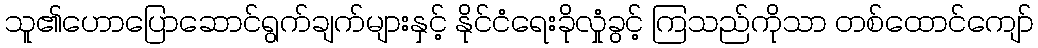
သူ၏ဟောပြောဆောင်ရွက်ချက်များနှင့် နိုင်ငံရေးခိုလှုံခွင့် ကြသည်ကိုသာ တစ်ထောင်ကျော်